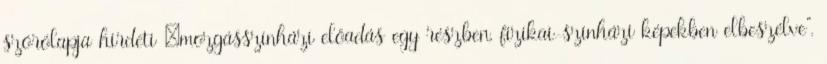
szórólapja hirdeti „mozgásszínházi előadás egy részben, fizikai-színházi képekben elbeszélve”.